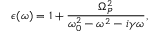
\epsilon ( \omega ) = 1 + \frac { \Omega _ { P } ^ { 2 } } { \omega _ { 0 } ^ { 2 } - \omega ^ { 2 } - i \gamma \omega } ,